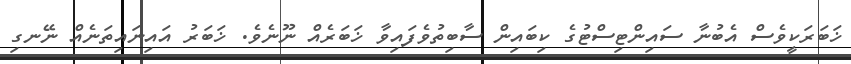
ޚަބަރަކީވެސް އެބުނާ ސައިންޓިސްޓުގެ ކިބައިން ސާބިތުވެފައިވާ ޚަބަރެއް ނޫނެވެ. ޚަބަރު އައިނައިތަނެއް ނޭނގި